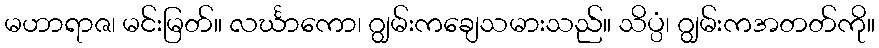
မဟာရာဇ၊ မင်းမြတ်။ လင်္ဃာကော၊ ဂျွမ်းကချေသမားသည်။ သိပ္ပံ၊ ဂျွမ်းကအတတ်ကို။